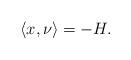
LaTeX: \begin{align*}\left\langle x, \nu \right \rangle= -H.\end{align*}